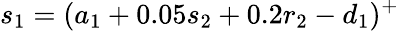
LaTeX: s_{1}=(a_{1}+0.05s_{2}+0.2r_{2}-d_{1})^{+}